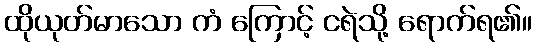
ထိုယုတ်မာသော ကံ ကြောင့် ငရဲသို့ ရောက်ရ၏။